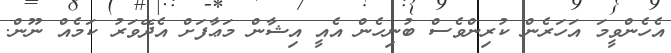
އެހެންވީމަ އަހަރެން ކުރިންވެސް ބުނިހެން އެއީ އިޝާން މަޢާފަށް އެދޭވަރު ކަމެއް ނޫން.